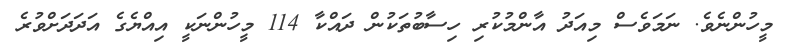
މީހުންނެވެ. ނަމަވެސް މިއަދު އާންމުކުރި ހިސާބުތަކުން ދައްކާ 114 މީހުންނަކީ އިއްޔެގެ އަދަދަށްވުރެ